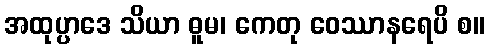
အထုပ္ပာဒေ သိယာ ဓူမ၊ ကေတု ဝေဿာနရေပိ စ။